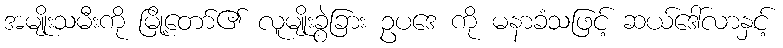
အမျိုးသမီးကို မြို့တော်၏ လူမျိုးခွဲခြား ဥပဒေ ကို မနာခံသဖြင့် ဆယ်ဒေါ်လာနှင့်